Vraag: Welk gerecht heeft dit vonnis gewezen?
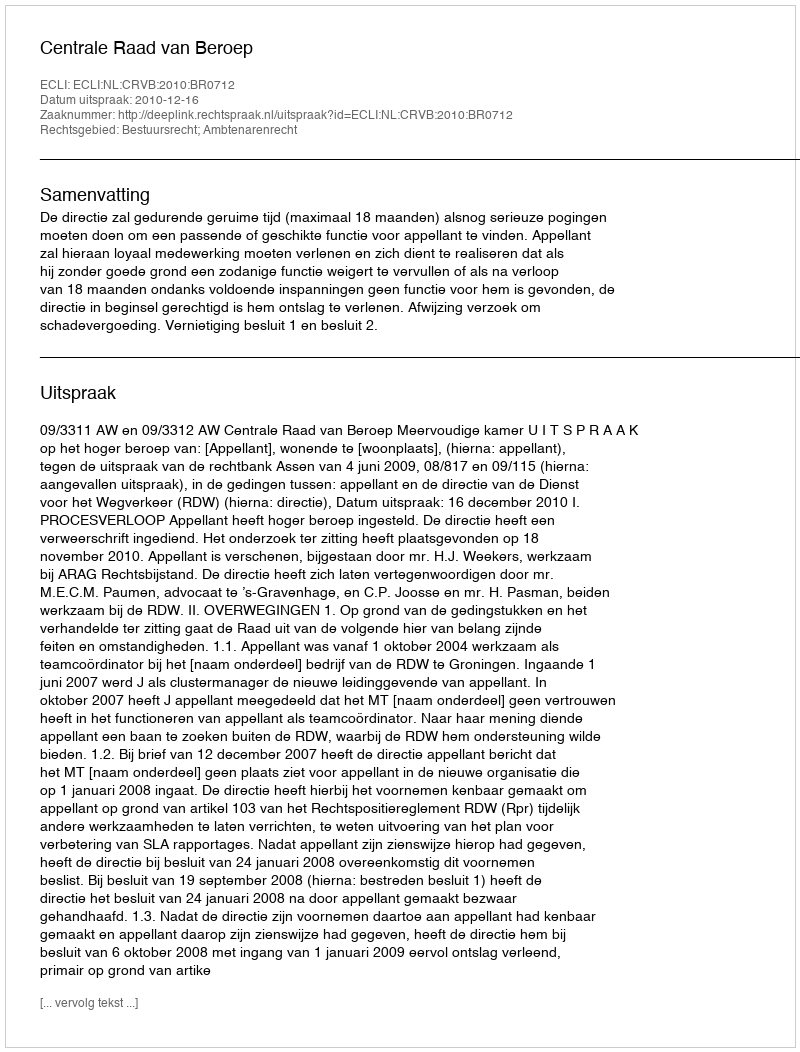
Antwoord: Centrale Raad van Beroep